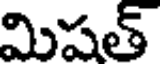
మిషత్